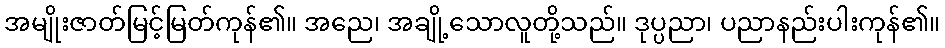
အမျိုးဇာတ်မြင့်မြတ်ကုန်၏။ အညေ၊ အချို့သောလူတို့သည်။ ဒုပ္ပညာ၊ ပညာနည်းပါးကုန်၏။